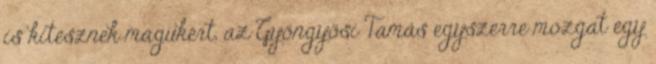
is kitesznek magukért, az Gyöngyösi Tamás egyszerre mozgat egy